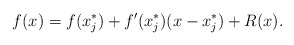
\begin{align*} f(x)&=f(x_j^*)+f'(x_j^*)(x-x_j^*)+R(x).\end{align*}